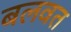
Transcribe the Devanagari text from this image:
बलवत